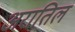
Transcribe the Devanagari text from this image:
अरातिल